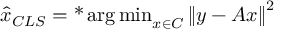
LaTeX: { \hat { x } } _ { C L S } = \operatorname { * } { \arg \operatorname* { m i n } } _ { x \in C } \left\| y - A x \right\| ^ { 2 }